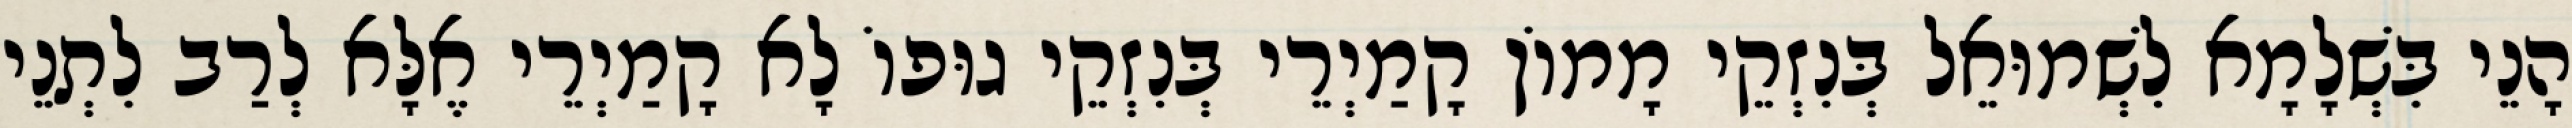
הָנֵי בִּשְׁלָמָא לִשְׁמוּאֵל בְּנִזְקֵי מָמוֹן קָמַיְרֵי בְּנִזְקֵי גוּפוֹ לָא קָמַיְרֵי אֶלָּא לְרַב לִתְנֵי